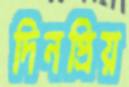
দিনপ্রিয়